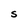
Character: S